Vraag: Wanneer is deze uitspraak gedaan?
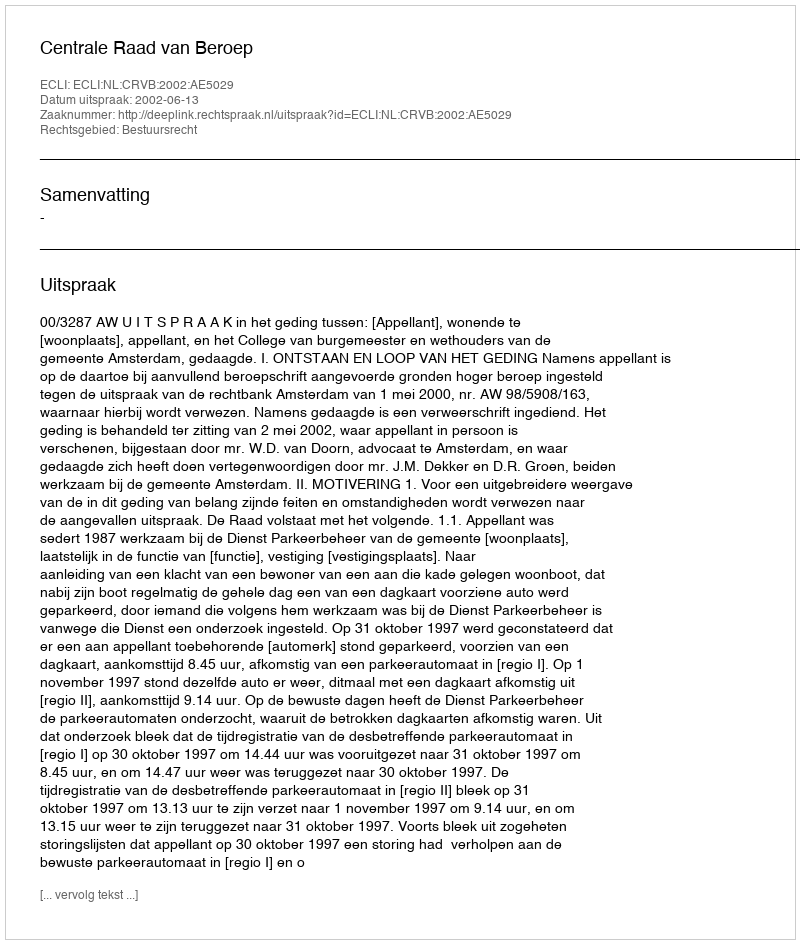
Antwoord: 2002-06-13